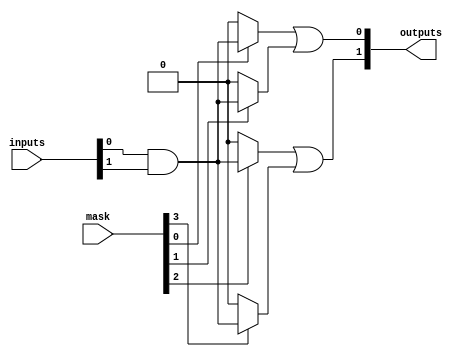
module MaskedPAL #(
    parameter NUM_INPUTS = 3,     // Number of inputs (e.g., A, B, C)
    parameter NUM_AND_GATES = 4,   // Number of AND gates
    parameter NUM_OR_GATES = 2      // Number of OR gates (outputs)
)(
    input wire [NUM_INPUTS-1:0] inputs,  // Input lines
    input wire [NUM_AND_GATES-1:0] mask,  // Masking signals for AND gates
    output wire [NUM_OR_GATES-1:0] outputs // Output lines
);

// Internal signals for AND gate outputs
wire [NUM_AND_GATES-1:0] and_outputs;

// AND Array: Programmable AND gates
genvar i;
generate
    for (i = 0; i < NUM_AND_GATES; i = i + 1) begin : and_array
        // Example: Each AND gate can take a combination of inputs
        assign and_outputs[i] = (mask[i]) ? (inputs[0] & inputs[1]) : 1'b0; // Example logic
        // You can add more complex logic here based on your design
    end
endgenerate

// OR Array: Fixed OR gates
assign outputs[0] = and_outputs[0] | and_outputs[1]; // Example OR gate 1
assign outputs[1] = and_outputs[2] | and_outputs[3]; // Example OR gate 2

endmodule